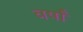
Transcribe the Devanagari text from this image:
वर्षाँ